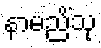
နာမညိံသု